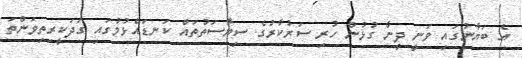
އެ ބަޔާނުގަައި ވަނީ ދީނާ ގުޅުން ހުރި ސަރުކާރުގެ ސިޔާސަތުތައް ކަނޑައެޅުމުގައި ގަދަކީރިތިވަންތަ